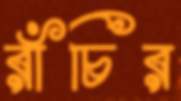
রাঁচির